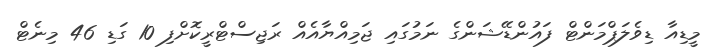
މީޑިއާ ޑިވެލަޕްމަންޓް ފައުންޑޭޝަންގެ ނަމުގައި ޖަމިއްޔާއެއް ރަޖިސްޓްރީކޮށްފި 10 ގަޑި 46 މިނެޓް